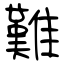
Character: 難